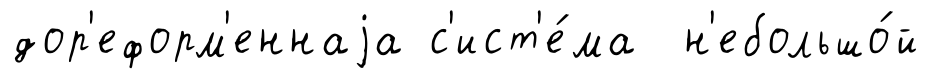
дор'еформ'еннаjа с'ист'е́ма н'ебольшо́й